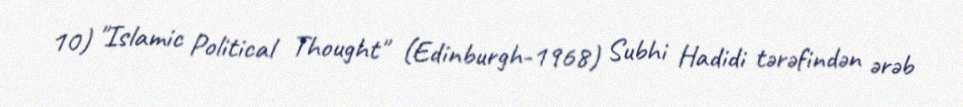
10) "Islamic Political Thought" (Edinburgh-1968) Subhi Hadidi tərəfindən ərəb